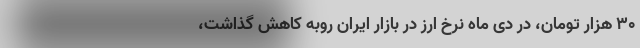
۳۰ هزار تومان، در دی ماه نرخ ارز در بازار ایران روبه کاهش گذاشت،